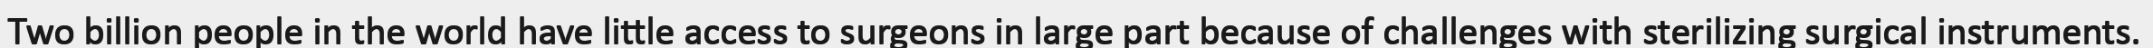
Two billion people in the world have little access to surgeons in large part because of challenges with sterilizing surgical instruments.